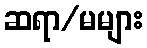
ဆရာ/မများ